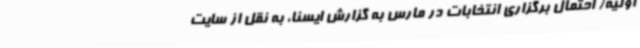
اولیه/ احتمال برگزاری انتخابات در مارس به گزارش ایسنا، به نقل از سایت